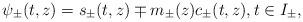
LaTeX: \begin{align*} \psi_\pm(t,z) = {s}_\pm(t,z) \mp m_\pm(z) {c}_\pm(t,z), t\in I_\pm,\end{align*}